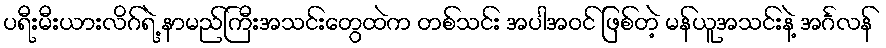
ပရီးမီးယားလိဂ်ရဲ့ နာမည်ကြီးအသင်းတွေထဲက တစ်သင်း အပါအဝင် ဖြစ်တဲ့ မန်ယူအသင်းနဲ့ အင်္ဂလန်